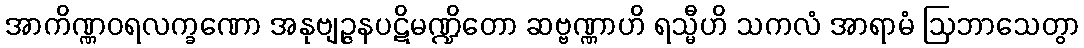
အာကိဏ္ဏဝရလက္ခဏော အနုဗျဉ္ဇနပဋိမဏ္ဍိတော ဆဗ္ဗဏ္ဏာဟိ ရသ္မီဟိ သကလံ အာရာမံ ဩဘာသေတွာ